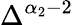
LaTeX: \Delta^{\alpha_{2}-2}